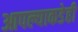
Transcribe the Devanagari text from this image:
आपल्याकडेही